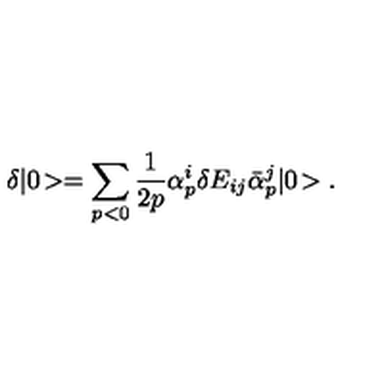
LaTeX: \delta | 0 \! > = \sum _ { p < 0 } \frac { 1 } { 2 p } \alpha _ { p } ^ { i } \delta E _ { i j } \bar { \alpha } _ { p } ^ { j } | 0 \! > .